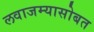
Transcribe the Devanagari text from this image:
लवाजम्यासोबत